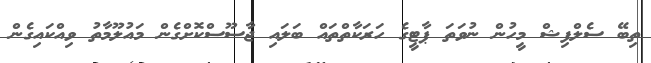
ތިބޭ ސެލްފިޝް މީހުން ނުވަތަ ޕާޓީގެ ހަރަކާތްތައް ބަލައި ޖާސޫސްކޮށްގެން މައުލޫމާތު ވިއްކައިގެން